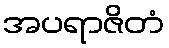
အပရာဇိတံ